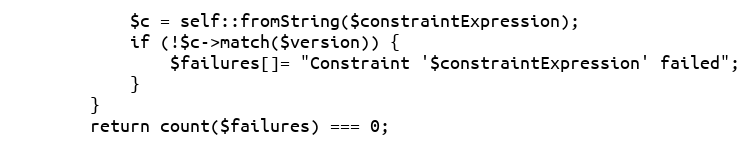
Language: PHP
            $c = self::fromString($constraintExpression);
            if (!$c->match($version)) {
                $failures[]= "Constraint '$constraintExpression' failed";
            }
        }
        return count($failures) === 0;